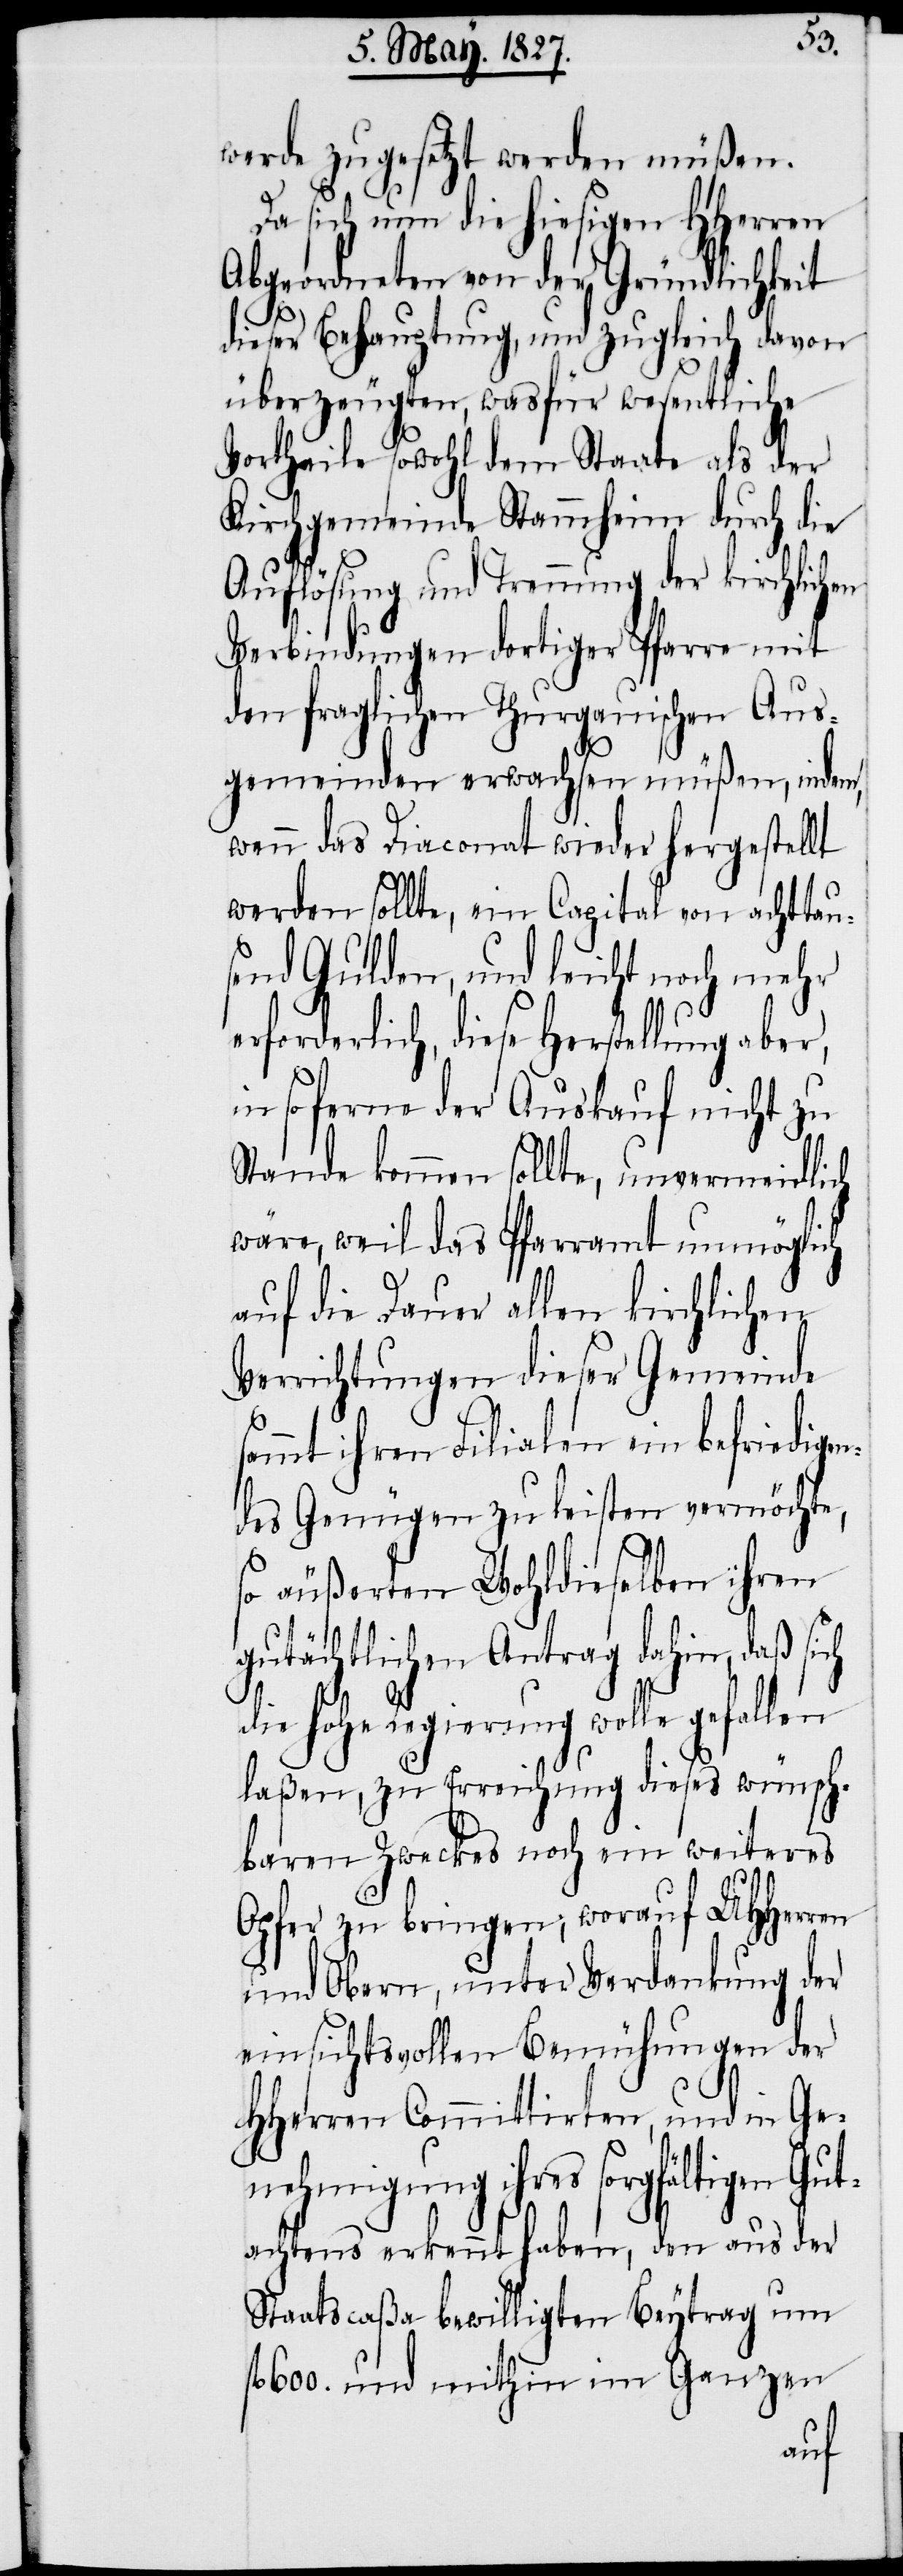
werde zugesetzt werden müßen.
Da sich nun die hiesigen HHerren
Abgeordneten von der Gründlichkeit
dieser Behauptung , und zugleich davon
überzeugten, wasfür wesentliche
Vortheile sowohl dem Staate als der
Kirchgemeinde Stammheim durch die
Auflösung und Trennung der kirchlichen
Verbindungen dortiger Pfarre mit
den fraglichen Thurgauischen Aus¬
gemeinden erwachsen müßen, indem,
wenn das Diaconat wieder hergestellt
werden sollte, ein Capital von achttau¬
send Gulden, und leicht noch mehr
insoferne der Auskauf nicht zu
Stande kommen sollte, unvermeidlich
wäre, weil das Pfarramt unmöglich
auf die Dauer allen kirchlichen
Verrichtungen dieser Gemeinde
sammt ihren Filialen ein befriedige¬
ndes Genügen zu leisten vermöchte,
so äußerten Wohldieselben ihren
gutächtlichen Antrag dahin, daß sich
die Hohe Regierung wolle gefallen
laßen, zu Erreichung dieses wünsch¬
baren Zweckes noch ein weiteres
Opfer zu bringen; worauf UHHerren
und Obern, unter Verdankung der
einsichtsvollen Bemühungen der
HHerren Committirten, und in Ge¬
nehmigung ihres sorgfältigen
Gutachtens erkennt haben, den aus der
Staatscaßa bewilligten Beytrag um
fl. 600. und mithin im Ganzen